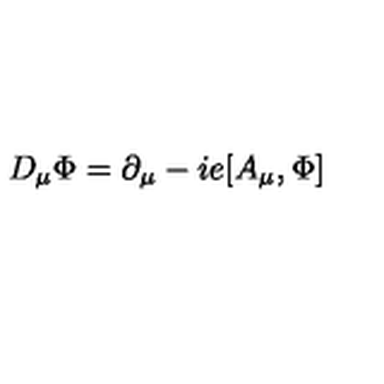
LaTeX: D _ { \mu } \Phi = \partial _ { \mu } - i e [ A _ { \mu } , \Phi ]